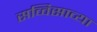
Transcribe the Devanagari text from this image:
सव्विसाव्या